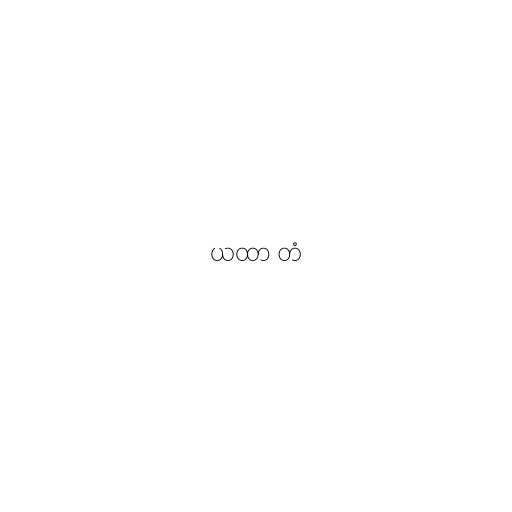
ယထာ တံ